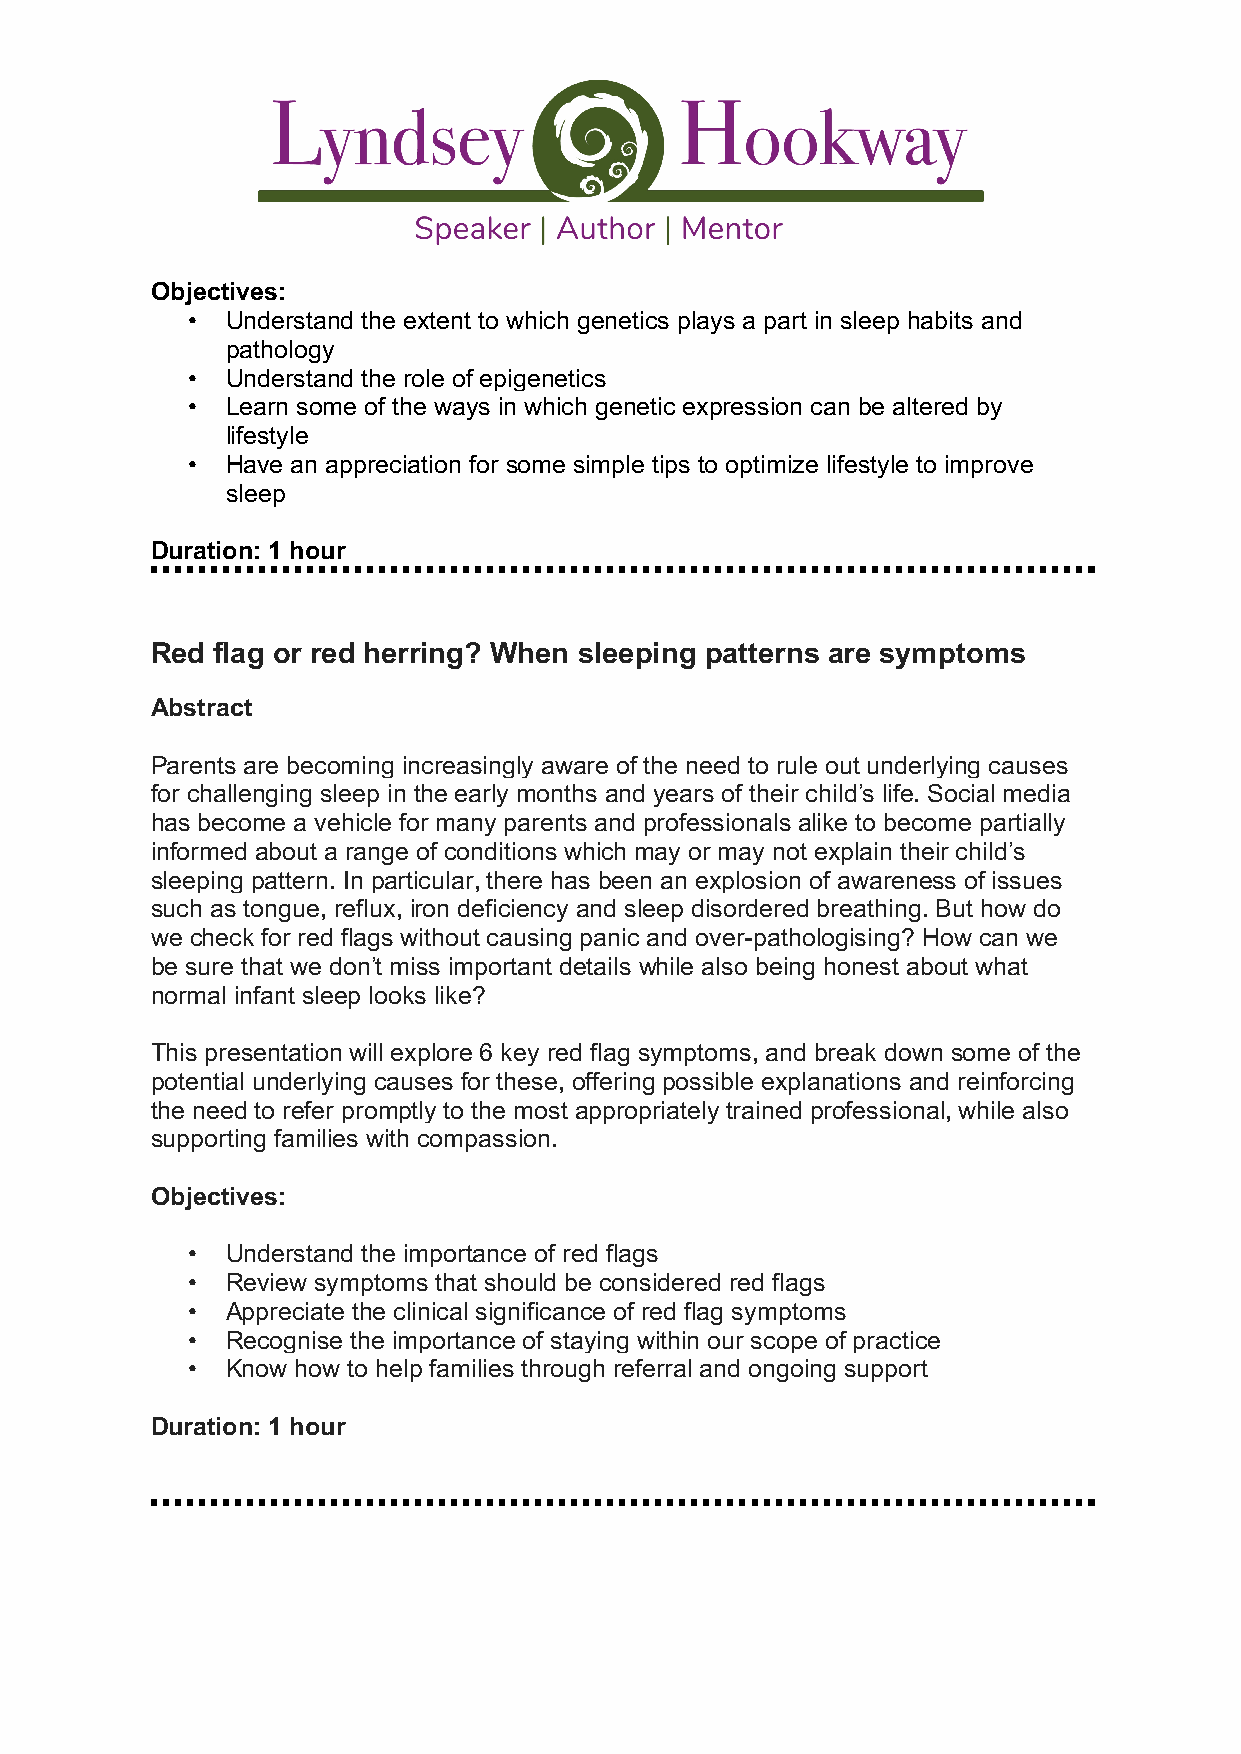
Objectives:
 •  Understand the extent to which genetics plays a part in sleep habits and
 pathology
 •  Understand the role of epigenetics
 •  Learn some of the ways in which genetic expression can be altered by
 lifestyle
 •  Have an appreciation for some simple tips to optimize lifestyle to improve
 sleep
 Duration: 1 hour
 Red flag or red herring? When sleeping patterns are symptoms
 Abstract
 Parents are becoming increasingly aware of the need to rule out underlying causes
 for challenging sleep in the early months and years of their child’s life. Social media
 has become a vehicle for many parents and professionals alike to become partially
 informed about a range of conditions which may or may not explain their child’s
 sleeping pattern. In particular, there has been an explosion of awareness of issues
 such as tongue, reflux, iron deficiency and sleep disordered breathing. But how do
 we check for red flags without causing panic and over-pathologising? How can we
 be sure that we don’t miss important details while also being honest about what
 normal infant sleep looks like?
 This presentation will explore 6 key red flag symptoms, and break down some of the
 potential underlying causes for these, offering possible explanations and reinforcing
 the need to refer promptly to the most appropriately trained professional, while also
 supporting families with compassion.
 Objectives:
 •  Understand the importance of red flags
 •  Review symptoms that should be considered red flags
 •  Appreciate the clinical significance of red flag symptoms
 •  Recognise the importance of staying within our scope of practice
 •  Know how to help families through referral and ongoing support
 Duration: 1 hour